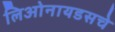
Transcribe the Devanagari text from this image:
लिओनायडसचे